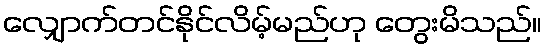
လျှောက်တင်နိုင်လိမ့်မည်ဟု တွေးမိသည်။